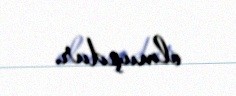
olmuşdur.